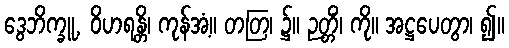
ဒွေဘိက္ခူ, ဝိဟရန္တိ၊ ကုန်အံ့။ တတြ၊ ၌။ ဉတ္တိံ၊ ကို။ အဋ္ဌပေတွာ၊ ၍။